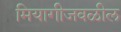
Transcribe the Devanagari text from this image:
मियागीजवळील